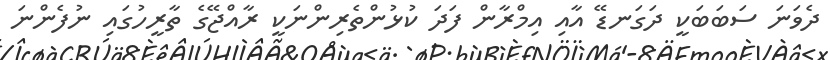
ދެވަނަ ސަބަބަކީ ދަގަނޑޭ އާއި އިމްރާން ފަދަ ކުޅުންތެރިންނަކީ ރާއްޖޭގެ ތާރީހުގައި ނުފެންނަ